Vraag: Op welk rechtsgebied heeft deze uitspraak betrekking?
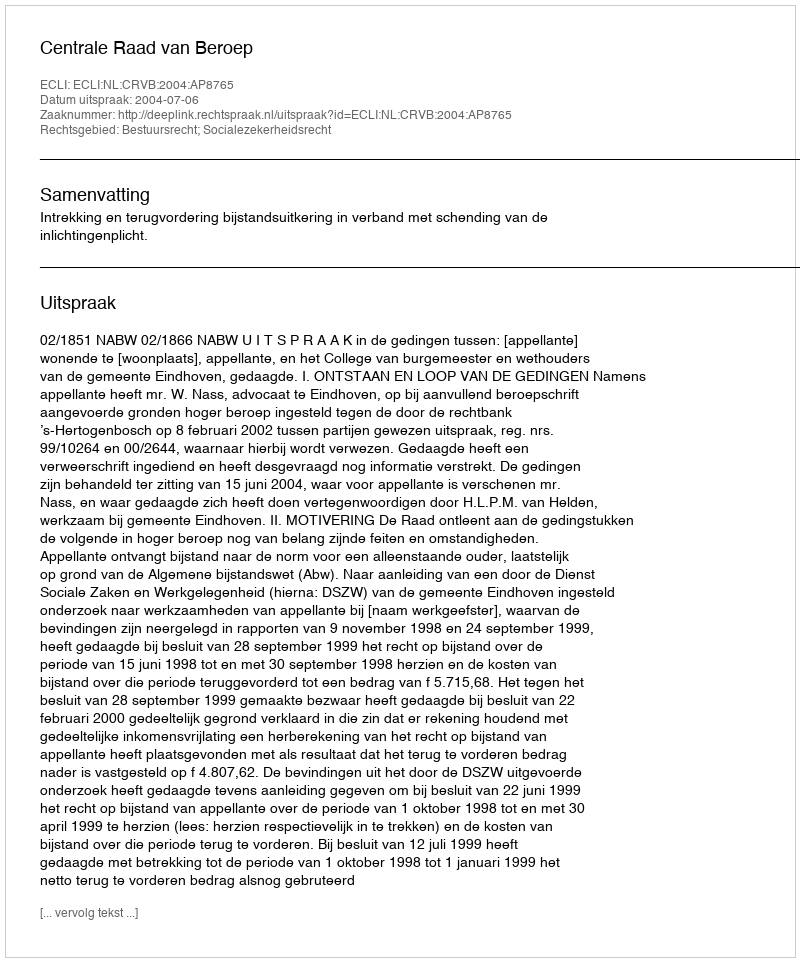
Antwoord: Bestuursrecht; Socialezekerheidsrecht